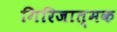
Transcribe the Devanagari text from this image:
गिरिजात्मक